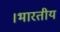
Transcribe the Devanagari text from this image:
।भारतीय